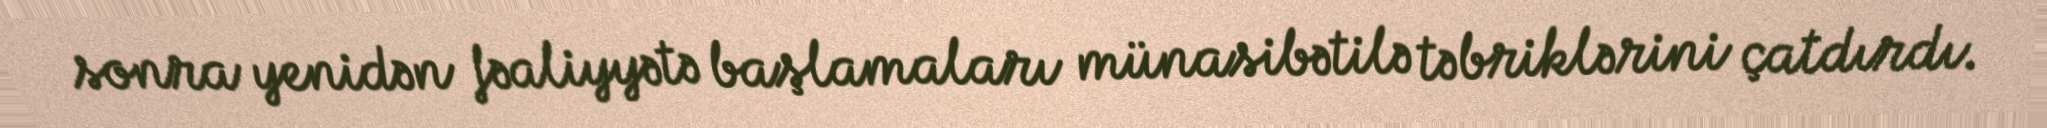
sonra yenidən fəaliyyətə başlamaları münasibətilə təbriklərini çatdırdı.